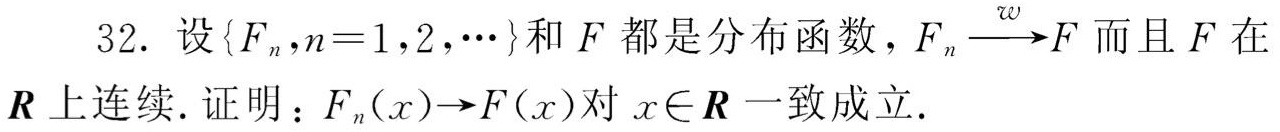
32. 设\(\{F_{n},n = 1,2,\cdots\}\)和\(F\)都是分布函数，\(F_{n}\stackrel{w}{\longrightarrow}F\)而且\(F\)在\(\boldsymbol{R}\)上连续. 证明：\(F_{n}(x)\to F(x)\)对\(x\in\boldsymbol{R}\)一致成立.